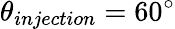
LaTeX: \theta_{injection}=60^{\circ}